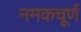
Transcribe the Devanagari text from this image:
नमकचूर्ण